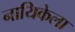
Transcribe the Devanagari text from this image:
नायिकेला